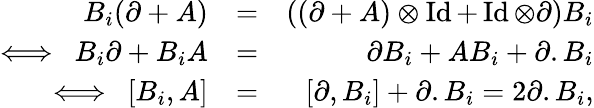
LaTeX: \begin{array}{rlr}{B_{i}(\partial+A)}&{=}&{((\partial+A)\otimes\operatorname{Id}+\operatorname{Id}\otimes\partial)B_{i}}\\ {\Longleftrightarrow\ \ B_{i}\partial+B_{i}A}&{=}&{\partial B_{i}+AB_{i}+\partial.B_{i}}\\ {\Longleftrightarrow\ \ [B_{i},A]}&{=}&{[\partial,B_{i}]+\partial.B_{i}=2\partial.B_{i},}\end{array}